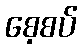
စေ့စပ်